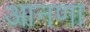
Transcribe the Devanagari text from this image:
आनणा